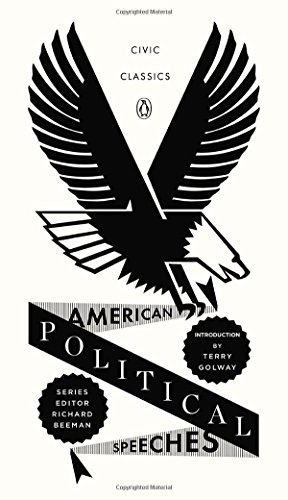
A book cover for American Political Speeches (Penguin Civic Classics); Literature & Fiction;